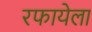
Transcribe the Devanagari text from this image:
रफायेला